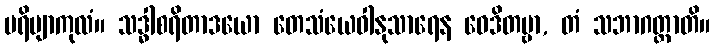
ပရိဗျာကုလံ။ သဒ္ဓါစရိတာဒယော တေသံယေဝါနုသာရေန ဝေဒိတဗ္ဗာ, တံ သဘာဂတ္တာတိ။